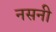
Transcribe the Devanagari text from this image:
नसनी